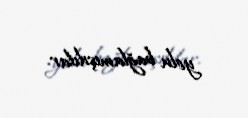
yolu bağlamışdılar.